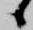
候